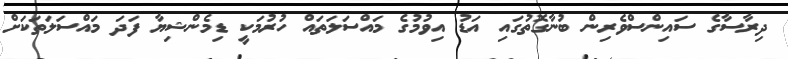
ދިރާސާގެ ސައިންސްވެރިން ބުނާގޮތުގައި އަޑު އިވުމުގެ މައްސަލަތައް ހުރުމަކީ ޑިމެންޝިޔާ ފަދަ މައްސަލަތަކަށް